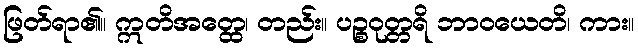
ဖြတ်ရာ၏။ ဣတိအတ္ထေ၊ တည်း။ ပဉ္စဝုတ္တရိ ဘာဝယေတိ၊ ကား။